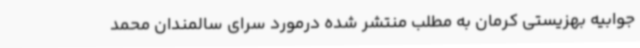
جوابیه بهزیستی کرمان به مطلب منتشر شده درمورد سرای سالمندان محمد